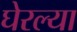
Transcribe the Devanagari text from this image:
घेरल्या